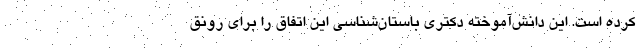
کرده است. این دانش‌آموخته دکتری باستان‌شناسی این اتفاق را برای رونق